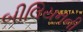
બીલિયનની